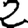
Digit: 2